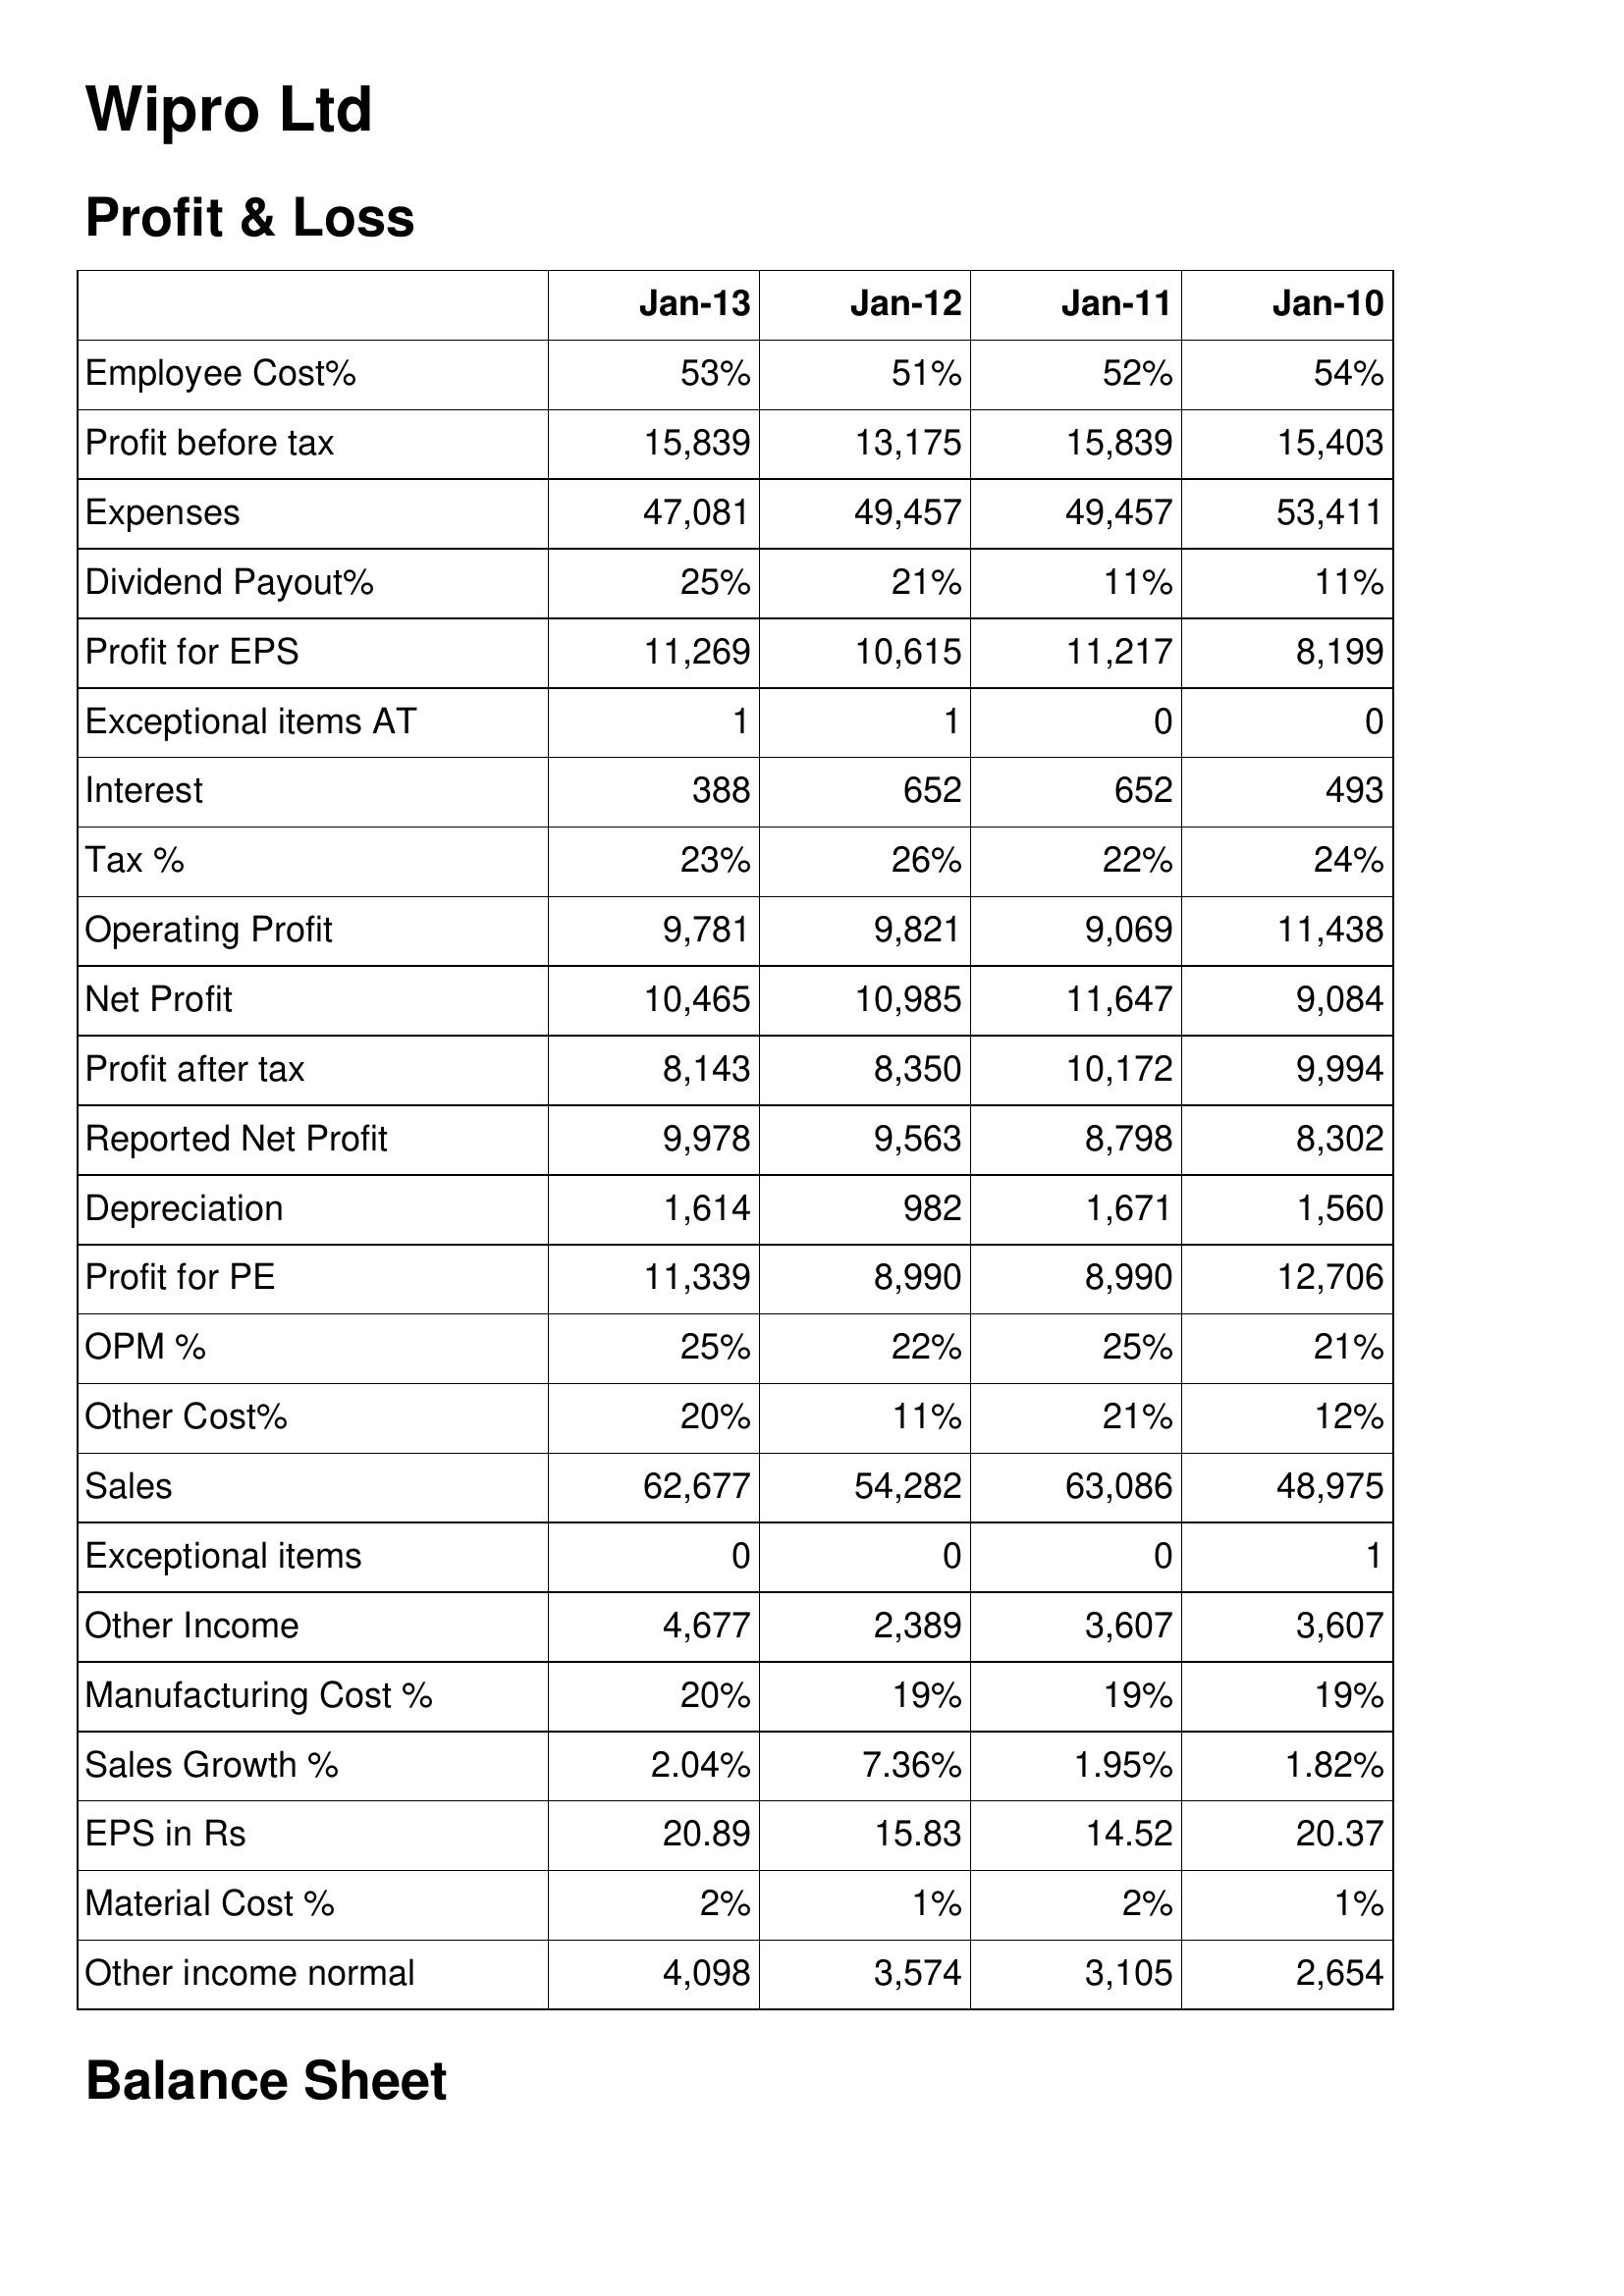
Jan-13: Profit & Loss: Employee Cost%: 53%
Profit before tax: 15,839
Expenses: 47,081
Dividend Payout%: 25%
Profit for EPS: 11,269
Exceptional items AT: 1
Interest: 388
Tax %: 23%
Operating Profit: 9,781
Net Profit: 10,465
Profit after tax: 8,143
Reported Net Profit: 9,978
Depreciation: 1,614
Profit for PE: 11,339
OPM %: 25%
Other Cost%: 20%
Sales: 62,677
Exceptional items: 0
Other Income: 4,677
Manufacturing Cost %: 20%
Sales Growth %: 2.04%
EPS in Rs: 20.89
Material Cost %: 2%
Other income normal: 4,098
Jan-12: Profit & Loss: Employee Cost%: 51%
Profit before tax: 13,175
Expenses: 49,457
Dividend Payout%: 21%
Profit for EPS: 10,615
Exceptional items AT: 1
Interest: 652
Tax %: 26%
Operating Profit: 9,821
Net Profit: 10,985
Profit after tax: 8,350
Reported Net Profit: 9,563
Depreciation: 982
Profit for PE: 8,990
OPM %: 22%
Other Cost%: 11%
Sales: 54,282
Exceptional items: 0
Other Income: 2,389
Manufacturing Cost %: 19%
Sales Growth %: 7.36%
EPS in Rs: 15.83
Material Cost %: 1%
Other income normal: 3,574
Jan-11: Profit & Loss: Employee Cost%: 52%
Profit before tax: 15,839
Expenses: 49,457
Dividend Payout%: 11%
Profit for EPS: 11,217
Exceptional items AT: 0
Interest: 652
Tax %: 22%
Operating Profit: 9,069
Net Profit: 11,647
Profit after tax: 10,172
Reported Net Profit: 8,798
Depreciation: 1,671
Profit for PE: 8,990
OPM %: 25%
Other Cost%: 21%
Sales: 63,086
Exceptional items: 0
Other Income: 3,607
Manufacturing Cost %: 19%
Sales Growth %: 1.95%
EPS in Rs: 14.52
Material Cost %: 2%
Other income normal: 3,105
Jan-10: Profit & Loss: Employee Cost%: 54%
Profit before tax: 15,403
Expenses: 53,411
Dividend Payout%: 11%
Profit for EPS: 8,199
Exceptional items AT: 0
Interest: 493
Tax %: 24%
Operating Profit: 11,438
Net Profit: 9,084
Profit after tax: 9,994
Reported Net Profit: 8,302
Depreciation: 1,560
Profit for PE: 12,706
OPM %: 21%
Other Cost%: 12%
Sales: 48,975
Exceptional items: 1
Other Income: 3,607
Manufacturing Cost %: 19%
Sales Growth %: 1.82%
EPS in Rs: 20.37
Material Cost %: 1%
Other income normal: 2,654